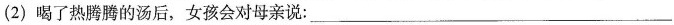
(2)喝了热腾腾的汤后，女孩会对母亲说：___